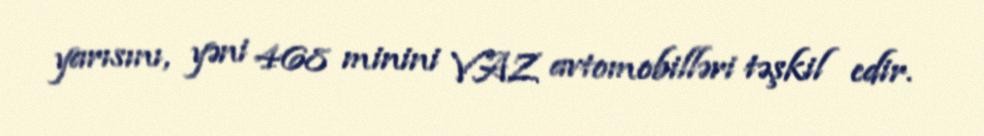
yarısını, yəni 468 minini VAZ avtomobilləri təşkil edir.